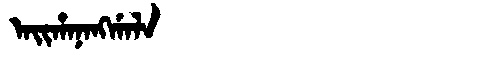
Manchu: ᠠᡳᡥᠠᠨᠠᠩᡤᠠᠯᠠ
Romanization: AIHANANGGALA